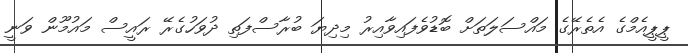
ޕީޕީއެމްގެ އެތެރޭގެ މައްސަލަތަށް ބޮޑުވެފައިވާއިރު މިދިޔަ ބުރާސްފަތި ދުވަހުގެރޭ ރައީސް މައުމޫން ވަނީ